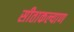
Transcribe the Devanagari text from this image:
सीताकल्याण